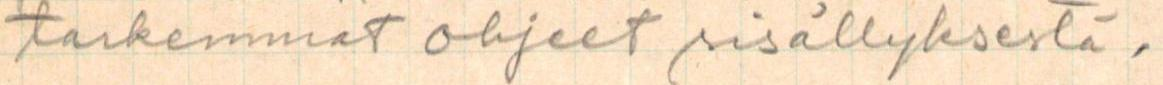
tarkemmat ohjeet sisällyksestä.